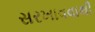
સરખાવવાથી